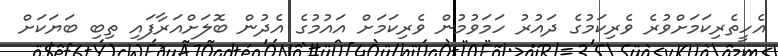
އެހީތެރިކަމަށްވުރެ ވެރިކަމުގެ ދައުރު ހަމަވުމުން ވެރިކަމަށް އައުމުގެ އެދުން ބޮލަށްއަރާފައި ތިބި ބަޔަކަށް